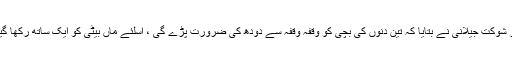
ڈاکٹر شوکت جیلانی نے بتایا کہ تین دنوں کی بچی کو وقفہ وقفہ سے دودھ کی ضرورت پڑے گی ، اسلئے ماں بیٹی کو ایک ساتھ رکھا گیاہے۔